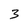
Character: 3